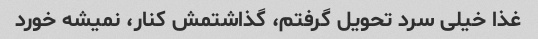
غذا خیلی سرد تحویل گرفتم، گذاشتمش کنار، نمیشه خورد